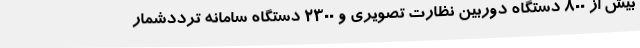
بیش از 800 دستگاه دوربین نظارت تصویری و 2300 دستگاه سامانه ترددشمار